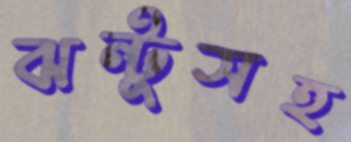
ঝন্টুসহ